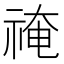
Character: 䄋